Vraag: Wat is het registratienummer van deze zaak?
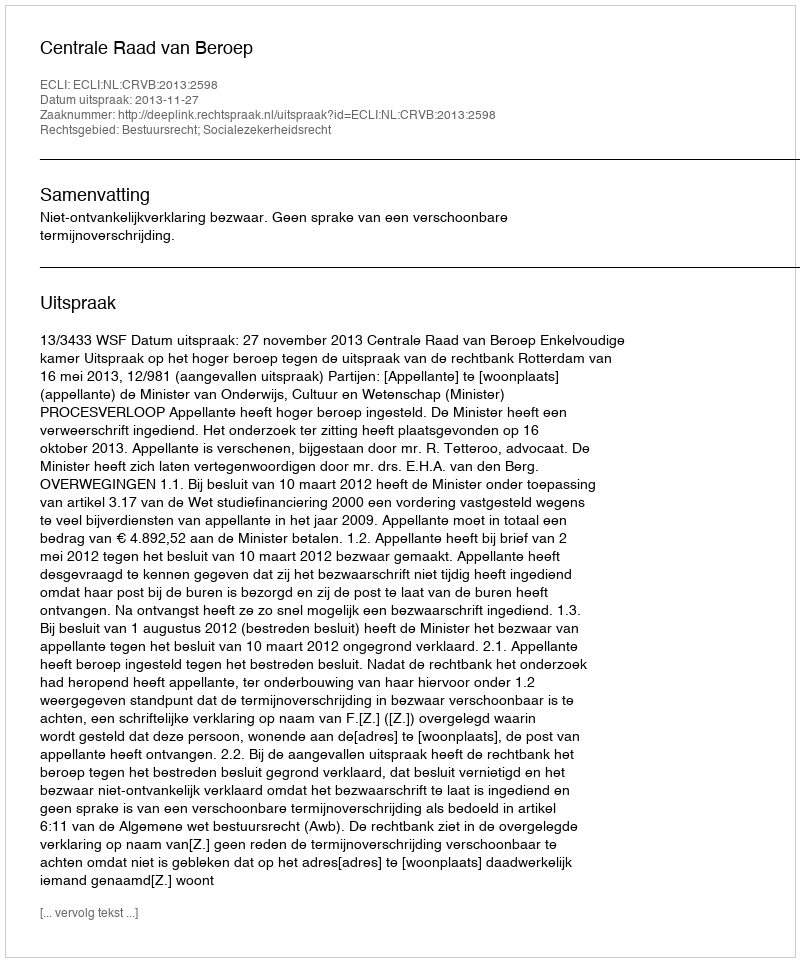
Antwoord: http://deeplink.rechtspraak.nl/uitspraak?id=ECLI:NL:CRVB:2013:2598